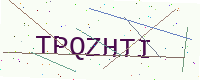
Text: TPQZHTI